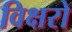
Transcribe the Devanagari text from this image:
विक्षरो